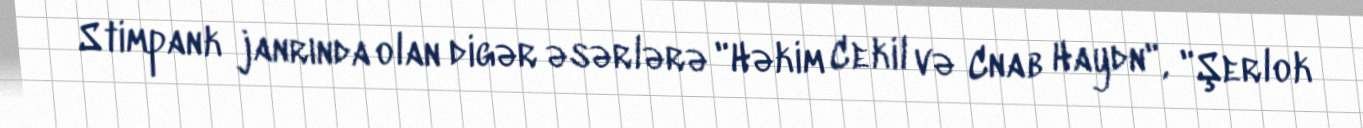
Stimpank janrında olan digər əsərlərə "Həkim Cekil və Cnab Haydn", "Şerlok